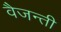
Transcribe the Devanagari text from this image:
वैजन्ती